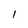
Character: l